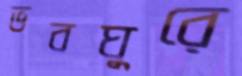
ভবঘুরে